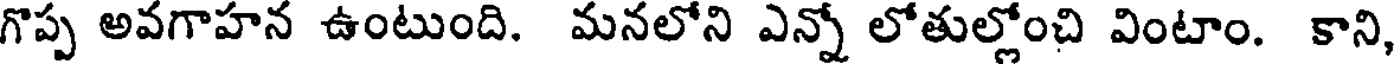
గొప్ప అవగాహన ఉంటుంది. మనలోని ఎన్నో లోతుల్లోంచి వింటాం. కాని,